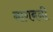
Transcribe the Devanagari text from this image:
नागबनी